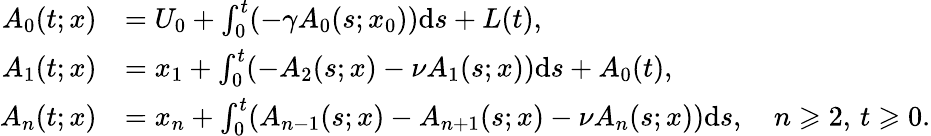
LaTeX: \begin{array}{rl}{A_{0}(t;x)}&{=U_{0}+\int_{0}^{t}(-\gamma A_{0}(s;x_{0}))\mathrm{d}s+L(t),}\\ {A_{1}(t;x)}&{=x_{1}+\int_{0}^{t}(-A_{2}(s;x)-\nu A_{1}(s;x))\mathrm{d}s+A_{0}(t),}\\ {A_{n}(t;x)}&{=x_{n}+\int_{0}^{t}({A_{n-1}(s;x)}-A_{n+1}(s;x)-\nu A_{n}(s;x))\mathrm{d}s,\quad n\geqslant 2,\, t\geqslant 0.}\end{array}